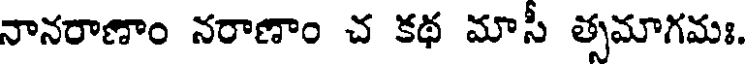
నానరాణాం నరాణాం చ కథ మాసీ త్సమాగమః.